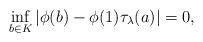
LaTeX: \begin{align*}\inf_{b \in K} |\phi(b) - \phi(1)\tau_\lambda(a)| = 0,\end{align*}